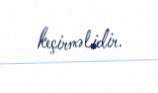
keçirməlidir.